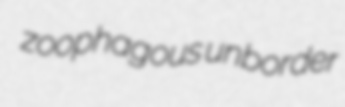
zoophagous unborder